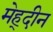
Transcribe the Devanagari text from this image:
मेह्दीन